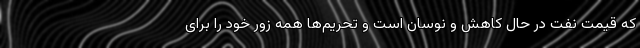
که قیمت نفت در حال کاهش و نوسان است و تحریم‌ها همه زور خود را برای